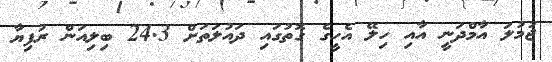
ޖުމުލަ އާމްދަނީ އާއި ހިލޭ އެހީގެ ގޮތުގައި ދައުލަތަށް 24.3 ބިލިއަން ރުފިޔާ